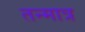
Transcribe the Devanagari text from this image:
तन्मात्र